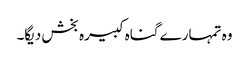
وہ تمہارے گناہ کبیرہ بخش دیگا۔